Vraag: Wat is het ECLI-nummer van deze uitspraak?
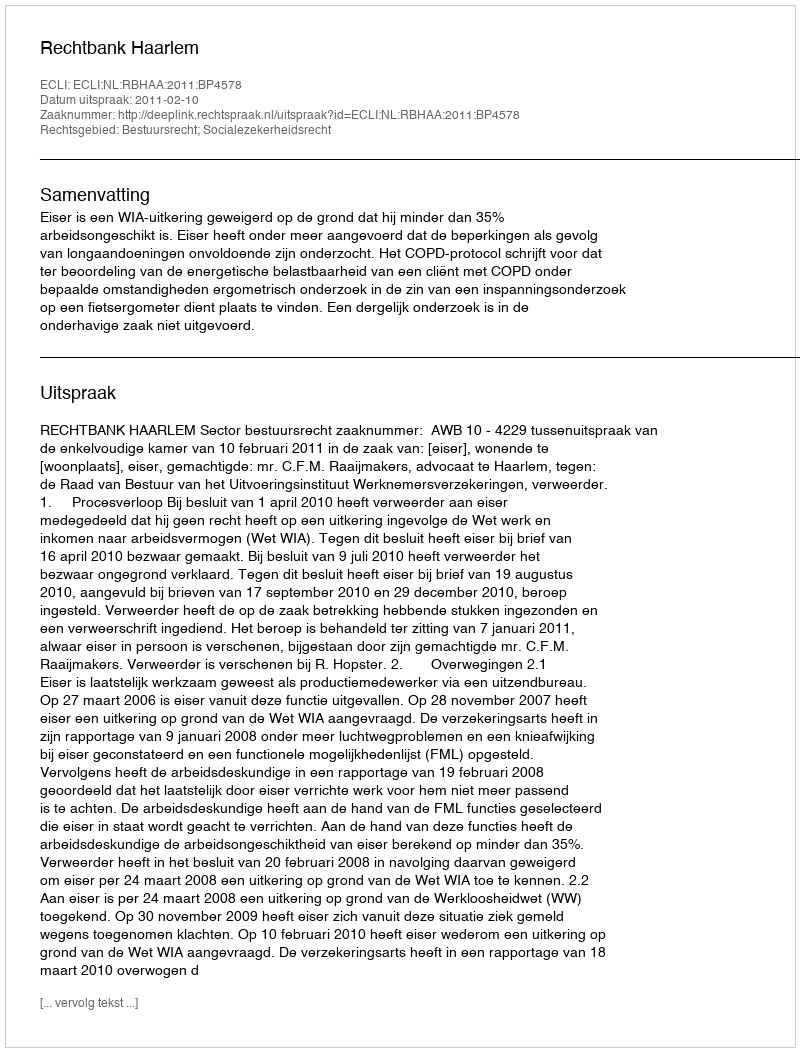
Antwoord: ECLI:NL:RBHAA:2011:BP4578